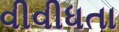
વીવીધતા